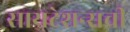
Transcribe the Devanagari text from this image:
सायटेशन्सची